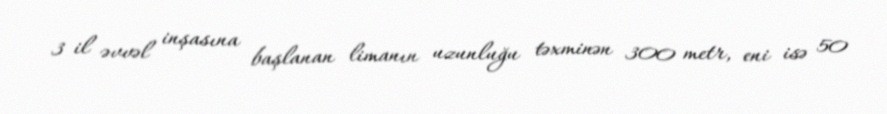
3 il əvvəl inşasına başlanan limanın uzunluğu təxminən 300 metr, eni isə 50